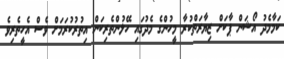
ކަމާމެދު އޯޝަން ޕާކަށް ޒިޔާރަތްކުރާ މީހުންގެ މެދުގައި ހޭލުންތެރިކަން އިތުރުކުރަމަށް ވެސް އެހީތެރިވެ